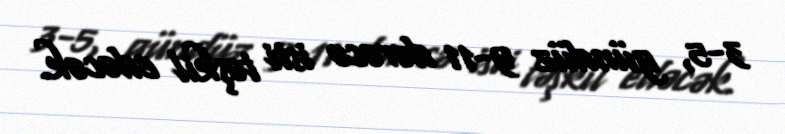
3-5, gündüz 9-11 dərəcə isti təşkil edəcək.